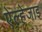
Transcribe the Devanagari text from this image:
ऐल्हेजाइ